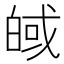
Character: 𪾀